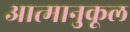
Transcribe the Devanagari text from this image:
आत्मानुकूल